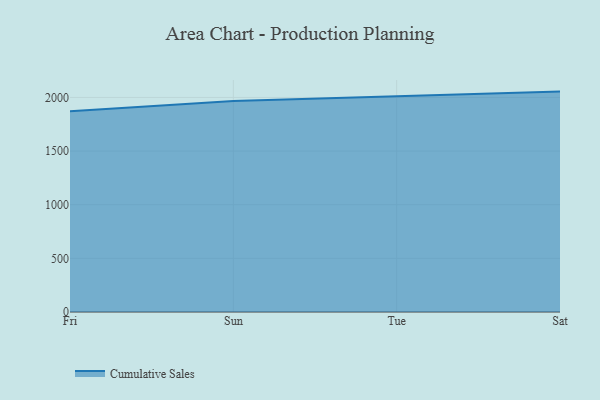
{"axis": {"x": "Day", "y": "Active Users"}, "legend": ["Cumulative Sales"], "data": [{"x": "Fri", "y": 1872.2, "type": "Cumulative Sales"}, {"x": "Sun", "y": 1967.1, "type": "Cumulative Sales"}, {"x": "Tue", "y": 2010.9, "type": "Cumulative Sales"}, {"x": "Sat", "y": 2054.2, "type": "Cumulative Sales"}]}